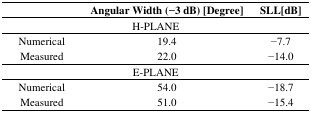
|  | Angular Width (−3 dB) [Degree] | SLL[dB] |
 | --- | --- | --- |
 | <COLSPAN=3> H-PLANE |
 | Numerical | 19.4 | −7.7 |
 | Measured | 22.0 | −14.0 |
 | <COLSPAN=3> E-PLANE |
 | Numerical | 54.0 | −18.7 |
 | Measured | 51.0 | −15.4 |